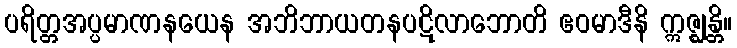
ပရိတ္တအပ္ပမာဏနယေန အဘိဘာယတနပဋိလာဘောတိ ဧဝမာဒီနိ ဣဇ္ဈန္တိ။